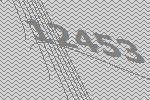
12453